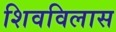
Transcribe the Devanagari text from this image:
शिवविलास